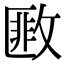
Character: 𢾺